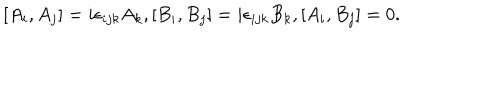
LaTeX: [ A _ { i } , A _ { j } ] = i \epsilon _ { i j k } A _ { k } , [ B _ { i } , B _ { j } ] = i \epsilon _ { i j k } B _ { k } , [ A _ { i } , B _ { j } ] = 0 .